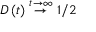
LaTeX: D \left( t \right) \stackrel { t \rightarrow \infty } { { \rightarrow } } 1 / 2